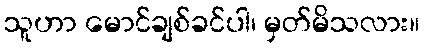
သူဟာ မောင်ချစ်ခင်ပါ၊ မှတ်မိသလား။